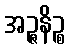
အဉ္ဇနိဉ္စ